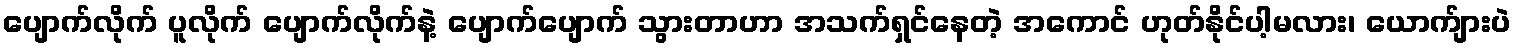
ပျောက်လိုက် ပူလိုက် ပျောက်လိုက်နဲ့ ပျောက်ပျောက် သွားတာဟာ အသက်ရှင်နေတဲ့ အကောင် ဟုတ်နိုင်ပါ့မလား၊ ယောက်ျားပဲ